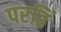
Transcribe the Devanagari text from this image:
परहिं